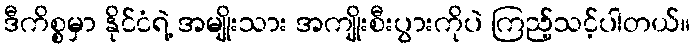
ဒီကိစ္စမှာ နိုင်ငံရဲ့ အမျိုးသား အကျိုးစီးပွားကိုပဲ ကြည့်သင့်ပါတယ်။